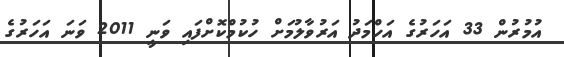
އުމުރުން 33 އަހަރުގެ އަހްމަދު އަރުވާލުމަށް ހުކުމްކޮށްފައި ވަނީ 2011 ވަނަ އަހަރުގެ